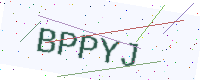
Text: BPPYJ